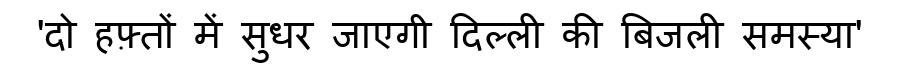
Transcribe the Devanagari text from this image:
'दो हफ़्तों में सुधर जाएगी दिल्ली की बिजली समस्या'